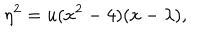
\eta ^ { 2 } = u ( x ^ { 2 } - 4 ) ( x - \lambda ) ,